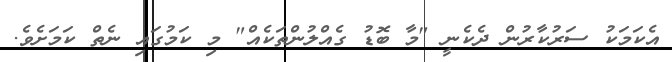
އެކަމަކު ސަރުކާރުން ދެކެނީ "މާ ބޮޑު ގެއްލުންތަކެއް" މި ކަމުގައި ނެތް ކަމަށެވެ.